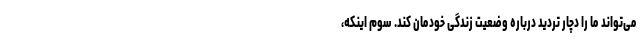
می‌تواند ما را دچار تردید درباره وضعیت زندگی خودمان کند. سوم اینکه،